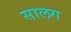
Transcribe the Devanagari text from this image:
सालग